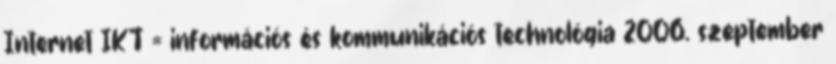
Internet IKT = információs és kommunikációs technológia 2006. szeptember